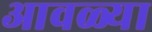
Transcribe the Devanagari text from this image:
आवळ्या